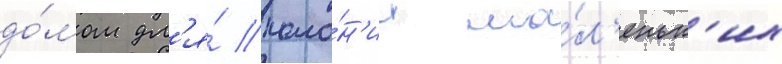
до́мом дл'я́ коло́н'ии ма́л'еньк'их